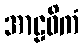
အာဠဝိကံ